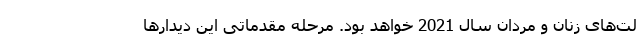
لت‌های زنان و مردان سال 2021 خواهد بود. مرحله مقدماتی این دیدارها